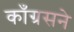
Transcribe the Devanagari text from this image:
काँग्रसने